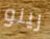
رينو